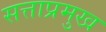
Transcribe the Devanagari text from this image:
सत्ताप्रमुख